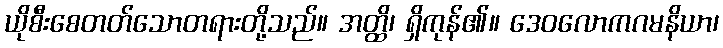
ယိုစီးစေတတ်သောတရားတို့သည်။ အတ္ထိ၊ ရှိကုန်၏။ ဒေဝလောကဂမနိယာ၊